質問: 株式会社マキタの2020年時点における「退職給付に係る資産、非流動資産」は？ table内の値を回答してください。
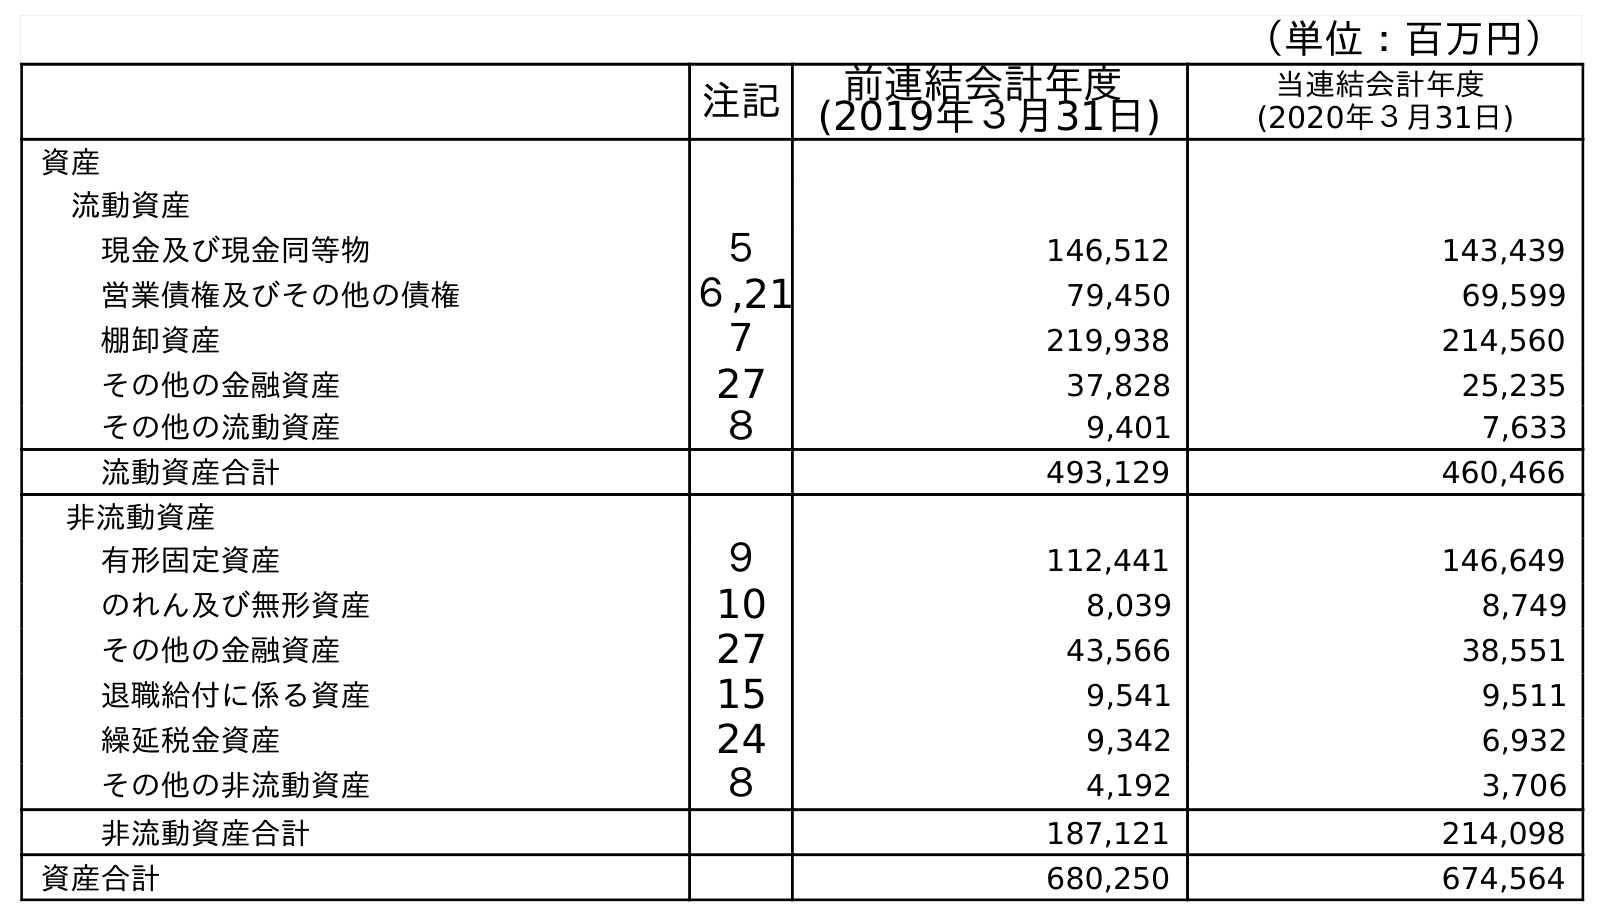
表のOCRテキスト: （単位：百万円） 注記 前連結会計年度 (2019年３月31日) 当連結会計年度 (2020年３月31日) 資産 流動資産 現金及び現金同等物 ５ 146,512 143,439 営業債権及びその他の債権 ６,21 79,450 69,599 棚卸資産 ７ 219,938 214,560 その他の金融資産 27 37,828 25,235 その他の流動資産 ８ 9,401 7,633 流動資産合計 493,129 460,466 非流動資産 有形固定資産 ９ 112,441 146,649 のれん及び無形資産 10 8,039 8,749 その他の金融資産 27 43,566 38,551 退職給付に係る資産 15 9,541 9,511 繰延税金資産 24 9,342 6,932 その他の非流動資産 ８ 4,192 3,706 非流動資産合計 187,121 214,098 資産合計 680,250 674,564
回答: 9,511